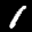
Label: 1